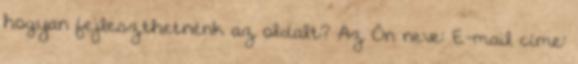
hogyan fejleszthetnénk az oldalt? Az Ön neve: E-mail címe: